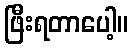
ဖြီးရတာပေါ့။